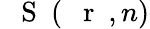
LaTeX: {\mathrm{~{~\mathbf~S~}~}}(\mathrm{~{~\mathbf~r~}~},n)